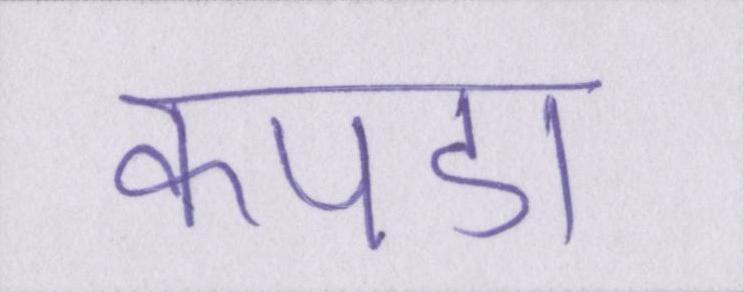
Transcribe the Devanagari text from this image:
कपडा